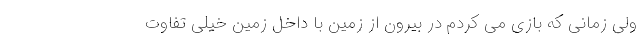
ولی زمانی که بازی می کردم در بیرون از زمین با داخل زمین خیلی تفاوت